Vaccine operations Central Provinces 1900-1911 - 1900-1911
Year: 1900
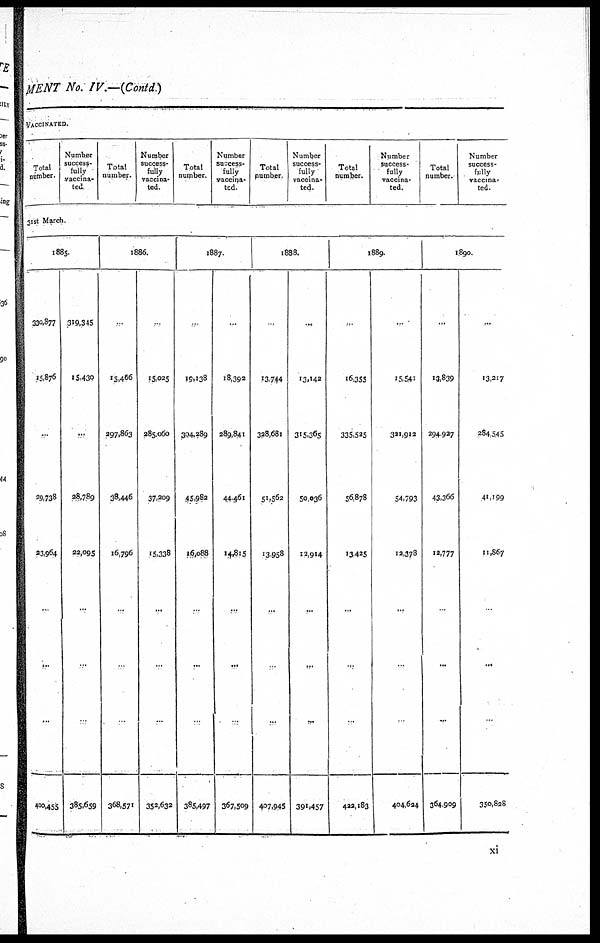
MENT No. IV.—(Contd)
VACCINATED.
Total
number.
Number
success-
fully
vaccina¬
ted.
Total
number.
Number
success-
fully
vaccina-
ted.
Total
number.
Number
success-
fully
vaccina¬
ted.
Total
number.
Number
success-
fully
vaccina¬
ted.
Total
number.
Number
success-
fully
vaccina-
ted.
Total
number.
Number
success-
fully
vaccina¬
ted.
31st March.
1885.
330,877
15,876
...
29,738
23,964
...
...
...
400,455
319,345
15,430
...
28,789
22,095
...
...
...
385,659
1886.
...
15,466
297,863
38,446
16,796
...
...
...
368,571
...
15,025
285,060
37,209
15,338
...
...
...
352,632
1887.
...
19,138
304,289
45,982
16,088
...
...
...
385,497
...
18,392
289,841
44,461
14,815
...
...
...
367,509
1888.
...
13,744
328,681
51,562
13,958
...
...
...
407,945
...
13,142
315,365
50,036
12,914
...
...
...
391,457
1889.
...
16,355
335,525
56,878
13,425
...
...
...
422,183
...
15,541
321,912
54,793
12,378
...
...
...
404,624
1890.
...
13,839
294,927
43,366
12,777
...
...
...
364,909
...
13,217
284,545
41,199
11,867
...
...
350,828
xi